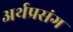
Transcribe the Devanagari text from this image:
अर्थप्रसंग